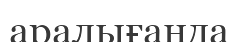
аралығанда